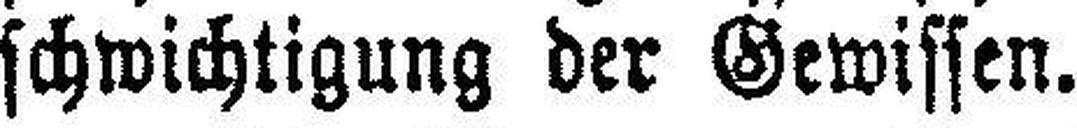
schwichtigung der Gewissen.